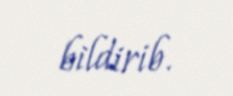
bildirib.